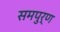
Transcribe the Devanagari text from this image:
समपुर्ण